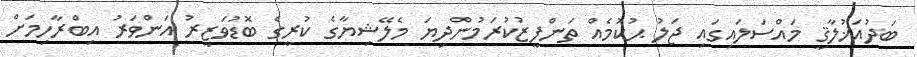
ބަދުއަޚުލާޤީ މައްސަލައިގައި ޖަލު ޙުކުމެއް ތަންފީޒުކުރަމުންދިޔަ މެލޭޝިޔާގެ ކުރީގެ ބޮޑުވަޒީރު އަންވަރު އިބްރާހިމަށް